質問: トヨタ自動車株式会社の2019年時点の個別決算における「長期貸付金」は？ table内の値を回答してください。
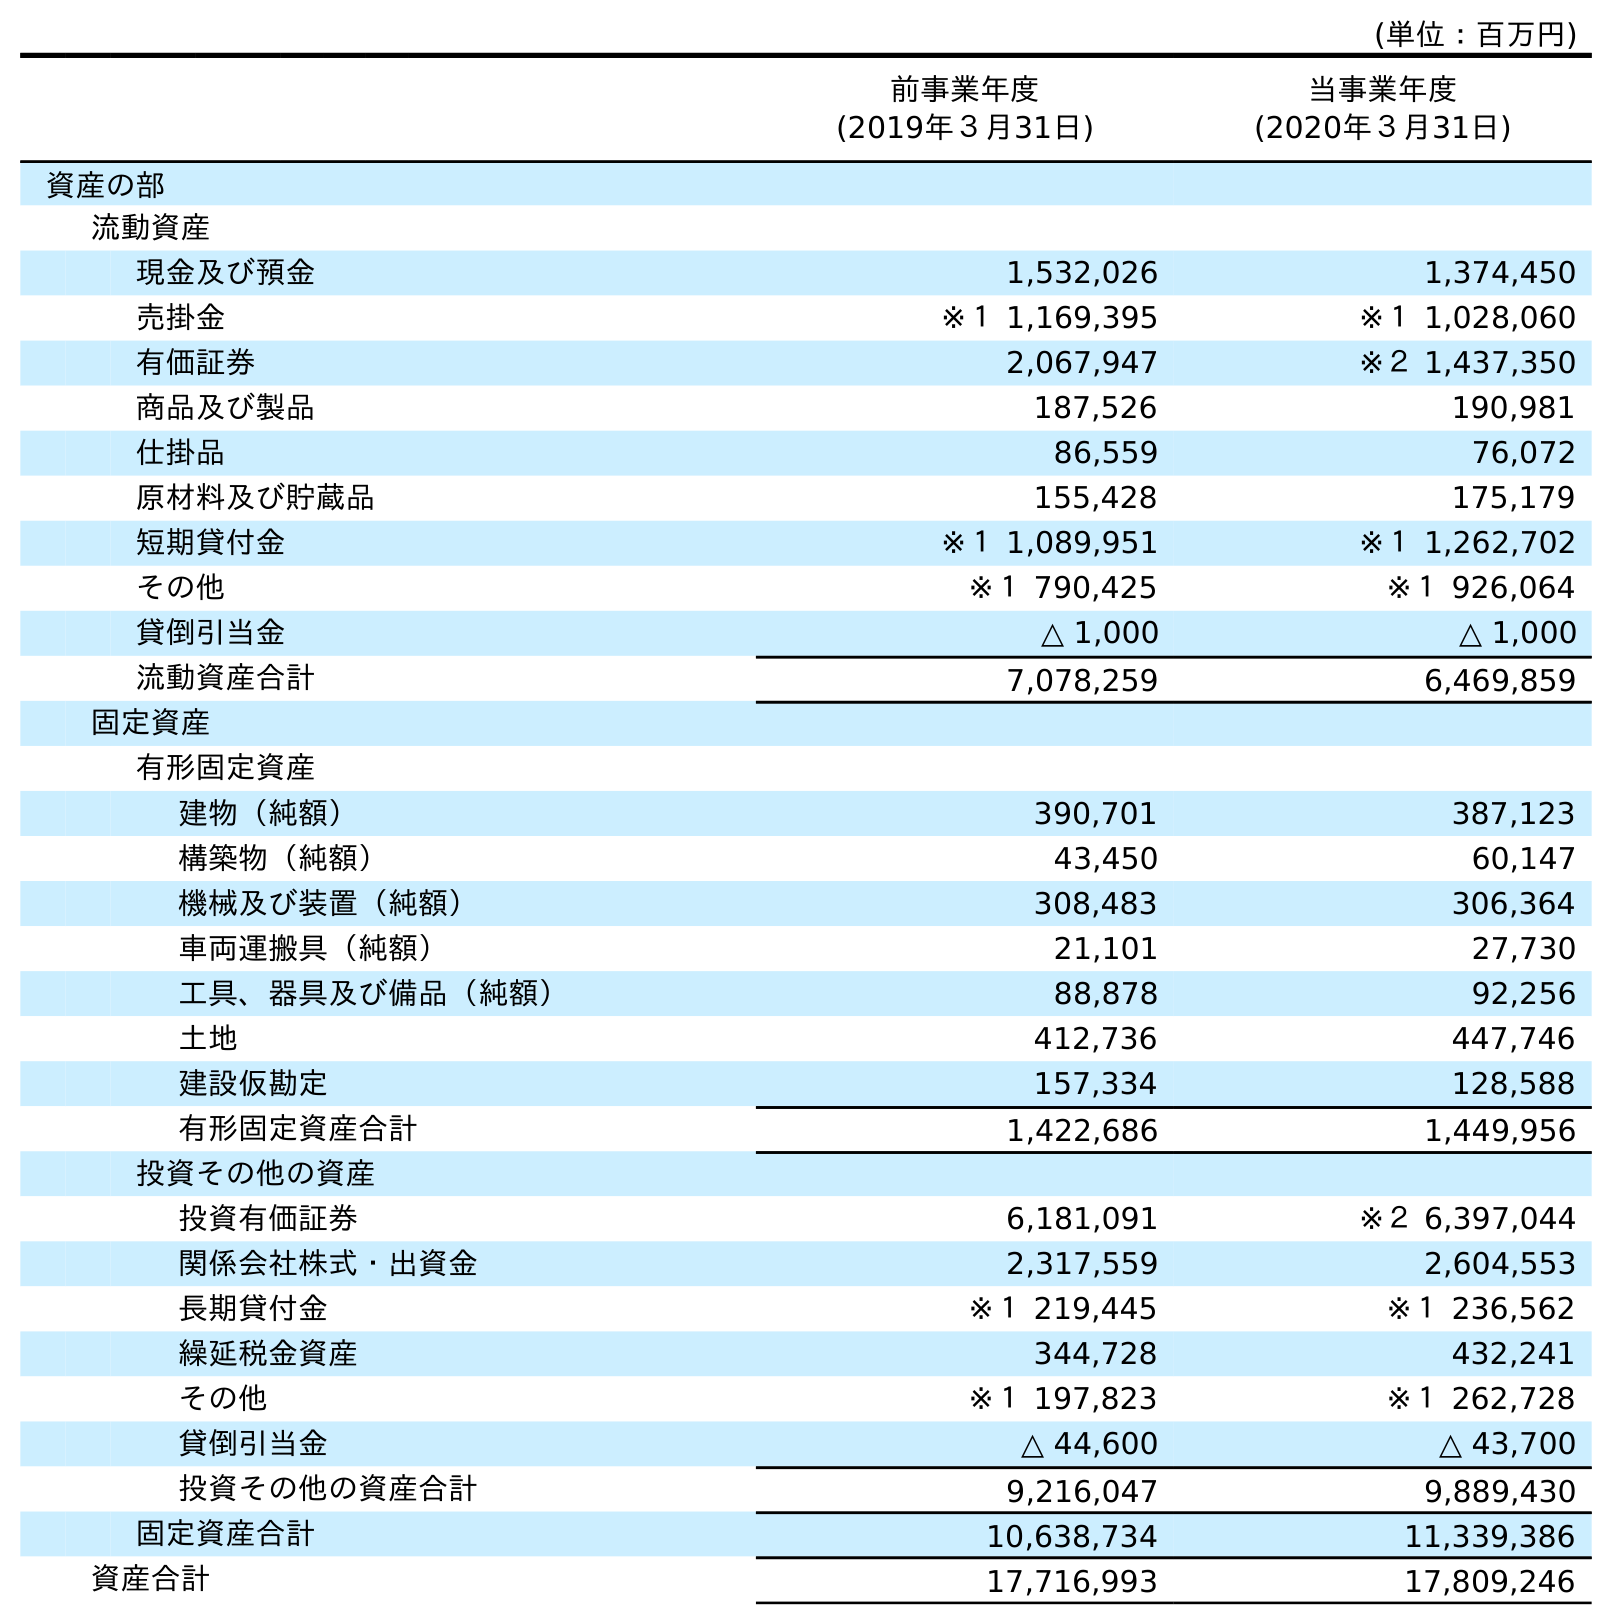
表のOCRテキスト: (単位：百万円) 前事業年度 (2019年３月31日) 当事業年度 (2020年３月31日) 資産の部 流動資産 現金及び預金 1,532,026 1,374,450 売掛金 ※１ 1,169,395 ※１ 1,028,060 有価証券 2,067,947 ※２ 1,437,350 商品及び製品 187,526 190,981 仕掛品 86,559 76,072 原材料及び貯蔵品 155,428 175,179 短期貸付金 ※１ 1,089,951 ※１ 1,262,702 その他 ※１ 790,425 ※１ 926,064 貸倒引当金 △ 1,000 △ 1,000 流動資産合計 7,078,259 6,469,859 固定資産 有形固定資産 建物（純額） 390,701 387,123 構築物（純額） 43,450 60,147 機械及び装置（純額） 308,483 306,364 車両運搬具（純額） 21,101 27,730 工具、器具及び備品（純額） 88,878 92,256 土地 412,736 447,746 建設仮勘定 157,334 128,588 有形固定資産合計 1,422,686 1,449,956 投資その他の資産 投資有価証券 6,181,091 ※２ 6,397,044 関係会社株式・出資金 2,317,559 2,604,553 長期貸付金 ※１ 219,445 ※１ 236,562 繰延税金資産 344,728 432,241 その他 ※１ 197,823 ※１ 262,728 貸倒引当金 △ 44,600 △ 43,700 投資その他の資産合計 9,216,047 9,889,430 固定資産合計 10,638,734 11,339,386 資産合計 17,716,993 17,809,246
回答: ※１219,445